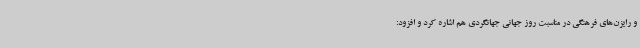
و رایزن‌های فرهنگی در مناسبت روز جهانی جهانگردی هم اشاره کرد و افزود: